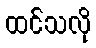
ထင်သလို